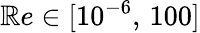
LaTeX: \mathbb{R}e\in[10^{-6},\, 100]